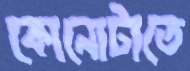
কোনোটাতে